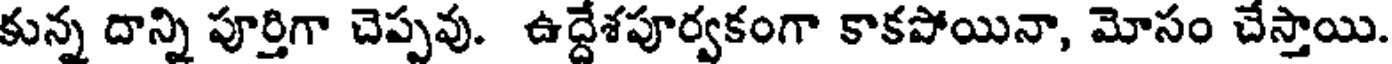
కున్న దాన్ని పూర్తిగా చెప్పవు. ఉద్దేశపూర్వకంగా కాకపోయినా, మోసం చేస్తాయి.